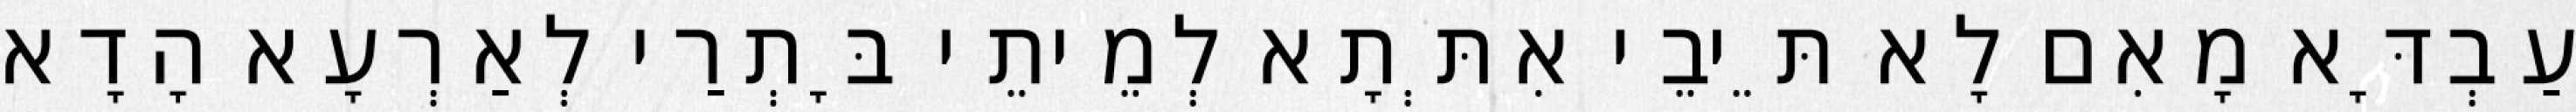
עַבְדָּא מָאִם לָא תֵּיבֵי אִתְּתָא לְמֵיתֵי בָּתְרַי לְאַרְעָא הָדָא